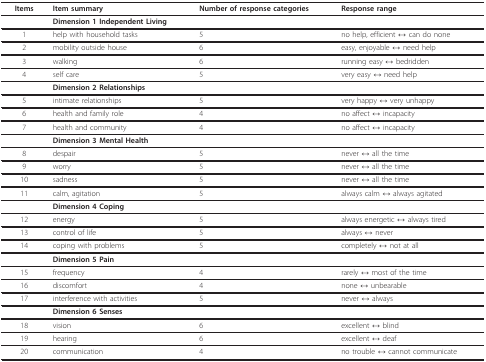
<table><thead><tr><td><b>Items</b></td><td><b>Item summary</b></td><td><b>Number of response categories</b></td><td><b>Response range</b></td></tr></thead><tbody><tr><td></td><td><b>Dimension 1 Independent Living</b></td><td></td><td></td></tr><tr><td>1</td><td>help with household tasks</td><td>5</td><td>no help, efficient ↔ can do none</td></tr><tr><td>2</td><td>mobility outside house</td><td>6</td><td>easy, enjoyable ↔ need help</td></tr><tr><td>3</td><td>walking</td><td>6</td><td>running easy ↔ bedridden</td></tr><tr><td>4</td><td>self care</td><td>5</td><td>very easy ↔ need help</td></tr><tr><td></td><td><b>Dimension 2 Relationships</b></td><td></td><td></td></tr><tr><td>5</td><td>intimate relationships</td><td>5</td><td>very happy ↔ very unhappy</td></tr><tr><td>6</td><td>health and family role</td><td>4</td><td>no affect ↔ incapacity</td></tr><tr><td>7</td><td>health and community</td><td>4</td><td>no affect ↔ incapacity</td></tr><tr><td></td><td><b>Dimension 3 Mental Health</b></td><td></td><td></td></tr><tr><td>8</td><td>despair</td><td>5</td><td>never ↔ all the time</td></tr><tr><td>9</td><td>worry</td><td>5</td><td>never ↔ all the time</td></tr><tr><td>10</td><td>sadness</td><td>5</td><td>never ↔ all the time</td></tr><tr><td>11</td><td>calm, agitation</td><td>5</td><td>always calm ↔ always agitated</td></tr><tr><td></td><td><b>Dimension 4 Coping</b></td><td></td><td></td></tr><tr><td>12</td><td>energy</td><td>5</td><td>always energetic ↔ always tired</td></tr><tr><td>13</td><td>control of life</td><td>5</td><td>always ↔ never</td></tr><tr><td>14</td><td>coping with problems</td><td>5</td><td>completely ↔ not at all</td></tr><tr><td></td><td><b>Dimension 5 Pain</b></td><td></td><td></td></tr><tr><td>15</td><td>frequency</td><td>4</td><td>rarely ↔ most of the time</td></tr><tr><td>16</td><td>discomfort</td><td>4</td><td>none ↔ unbearable</td></tr><tr><td>17</td><td>interference with activities</td><td>5</td><td>never ↔ always</td></tr><tr><td></td><td><b>Dimension 6 Senses</b></td><td></td><td></td></tr><tr><td>18</td><td>vision</td><td>6</td><td>excellent ↔ blind</td></tr><tr><td>19</td><td>hearing</td><td>6</td><td>excellent ↔ deaf</td></tr><tr><td>20</td><td>communication</td><td>4</td><td>no trouble ↔ cannot communicate</td></tr></tbody></table>